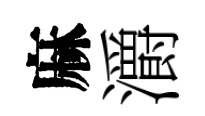
麻灂